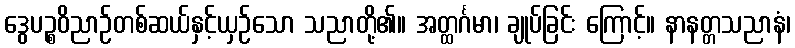
ဒွေပဉ္စဝိညာဉ်တစ်ဆယ်နှင့်ယှဉ်သော သညာတို့၏။ အတ္ထင်္ဂမာ၊ ချုပ်ခြင်း ကြောင့်။ နာနတ္တသညာနံ၊